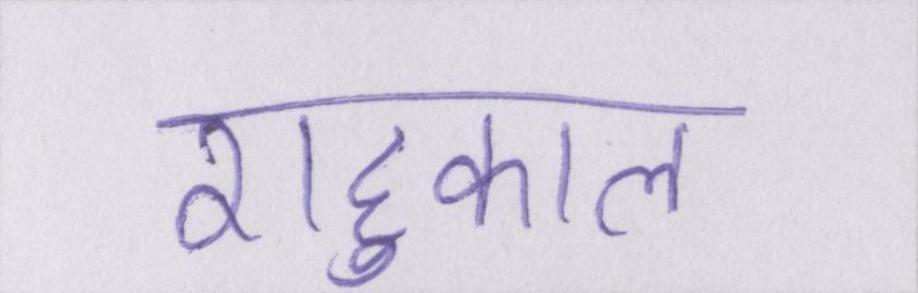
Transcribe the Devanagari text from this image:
राहुकाल